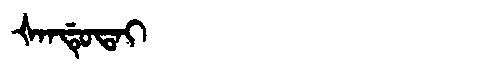
Manchu: ᡧᠠᠨᡩᡠᡨᠠᡳ
Romanization: ŠANDUTAI